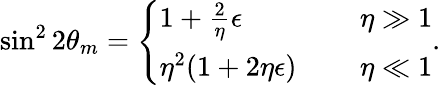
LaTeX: \sin^{2}2\theta_{m}=\left\{ \begin{array}{ll}{{1+\frac{2}{\eta}\epsilon\ \ \ \ }}&{{\eta\gg 1}}\\ {{\eta^{2}(1+2\eta\epsilon)\ \ \ \ \ }}&{{\eta\ll 1}}\end{array}\right..